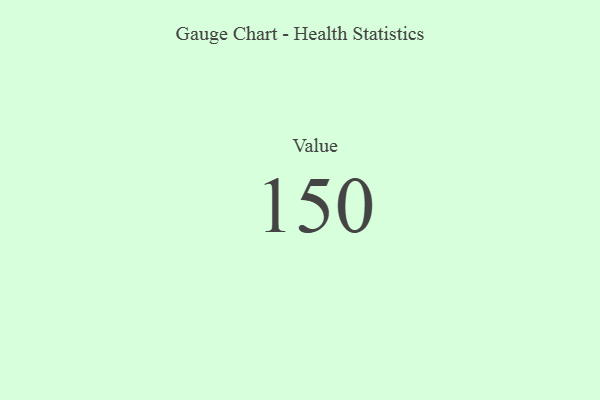
{"axis": {"x": "Metric", "y": "Value"}, "legend": [""], "data": [{"x": "Value", "y": 150, "type": ""}]}